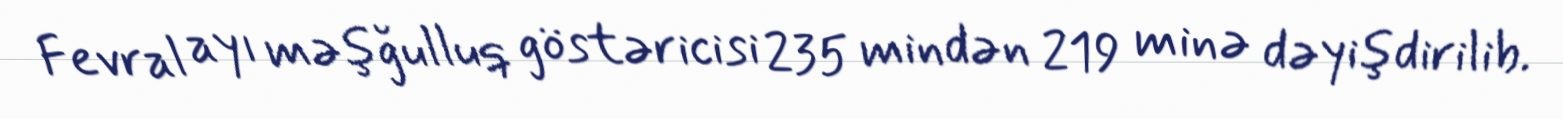
Fevral ayı məşğulluq göstəricisi 235 mindən 219 minə dəyişdirilib.